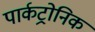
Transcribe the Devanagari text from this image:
पार्कट्रोनिक